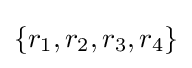
\{r_{1},r_{2},r_{3},r_{4}\}